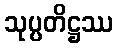
သုပ္ပတိဋ္ဌဿ